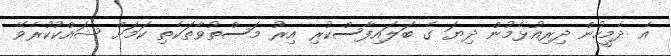
އެ ދެމީހުން ދިރިއުޅެމުން ދިޔަ ގެ ބަލައިފާސްކުރި އިރު މަސްތުވާތަކެތި ކަމަށް ޝައްކުކުރެވޭ